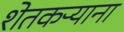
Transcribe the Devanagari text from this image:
शेतकऱ्याना